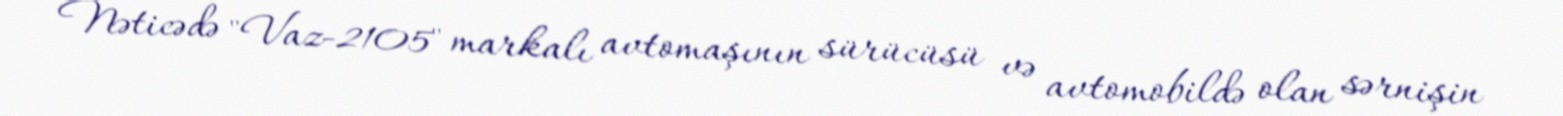
Nəticədə "Vaz-2105" markalı avtomaşının sürücüsü və avtomobildə olan sərnişin